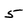
Character: 5